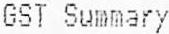
GST SUMMARY